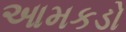
આમકડો